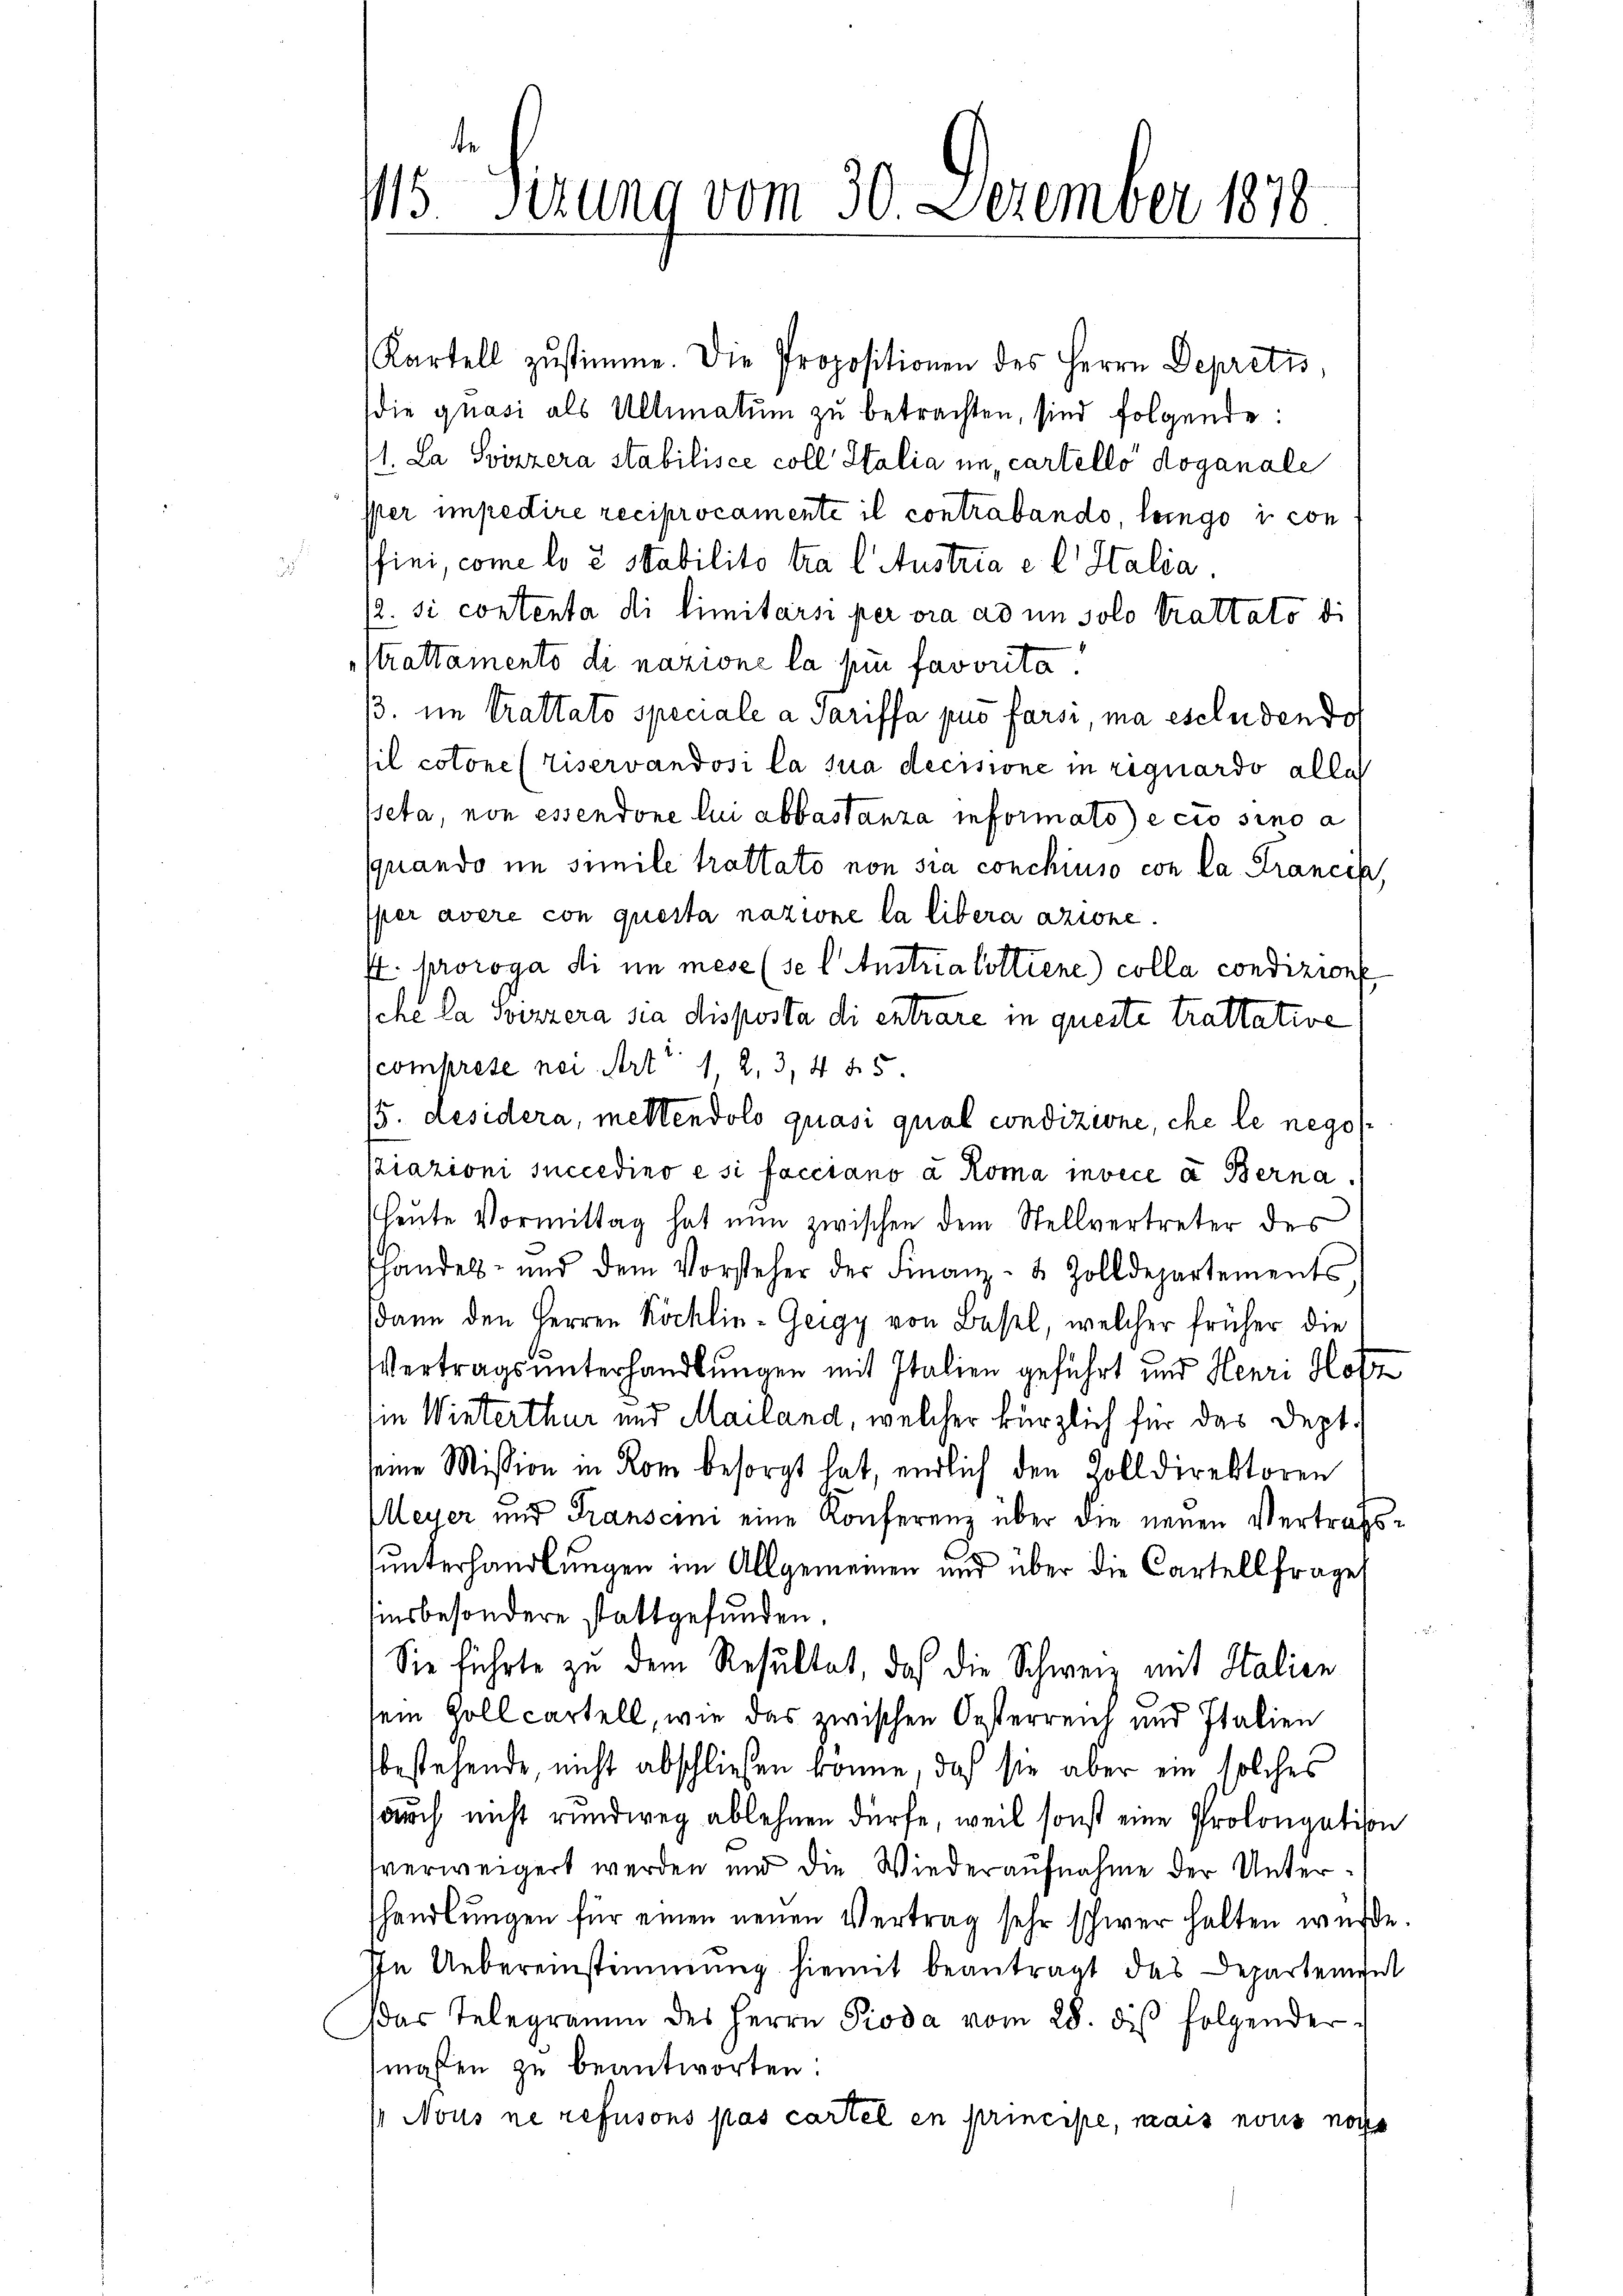
Kartell zŭstimme. Die Propositionen des Herrn Depretz,
ie quasi als Ultimatum zu betrachten, sind folgende:
1. La Svizzera stabilisce coll Stalia un cartello doganale
Per impedire reciprocamente il contrabando, lango i con
fini, come lo 8 Stabilito tra lustria e l Italia
/2. si contenta di limitarsi per ora ad in solo trattato di
strattamento di nazione la für favorita!
ß. im Trattato speciale a Pariffa puo farsi ma eselnden do
sil cotone (riservandosi la sua decisione in riguardo alle
eta, non essendone lui abbastanza informato ecio sino a
quando im simile trattato non sia conchiuso con la Francip,
sper avere con questa nazione la libera azione.
f. proroga di in mese (sel Anstria lottiene) colla condizione
sche la Soizzera sia disposta di entrare in queste trattative
comprese nei Art 1, 2, 3, 445
15. Desidera, mettendolo quasi qual condizione, che le negoskiazioni succediro e si facciano a Roma invice à Berna
heute Vormittag hat nun zwischen dem Stellvertreter des
handels- und dem Vorsteher der Finanz- & Zolldepartements,
dann den Herren Röcklin-Geigy von Basel, welcher früher die
Vertragsunterhandlungen mit Italien geführt und Henri Hofz
in Winterthur und Mailand, welcher kürzlich für das Dept.
seine Mission in Rom besorgt hat, endlich den Zolldirektoren
Meyer und Transcini eine Konferenz über die neuen Vertragsunterhandlungen im Allgemeinen und über die Cartellfrage
insbesondere stattgefunden.
s
Sie führte zu dem Resultat, daß die Schweiz mit Italien
sein Zoll cartell, wie das zwischen Oesterreich und Italien
bestehende, nicht abschließen könne, daß sie aber ein solches
auch nicht rundweg ablehnen dürfe, weil sonst eine Prolongation
verweigert werden und die Wiederaufnahme der Untershandlŭngen für einen neuen Vertrag sehr schwer halten würde.
In Uebereinstimmung hiemit beantragt das Departement
as Telegramm des Herrn Pioda vom 28. diβ folgender
mahlen zu beantworten:
/ Nous ne refusons pas cartel en principe, mais nous noch

115. Sizung vom 30. Dezember 1870